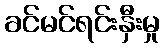
ခင်မင်ရင်းနှီးမှု